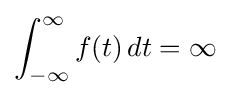
\int _{-\infty }^{\infty }f(t)\,dt=\infty